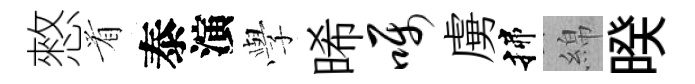
憗㸔泰演𫝯晞嘱虜揲綿暌